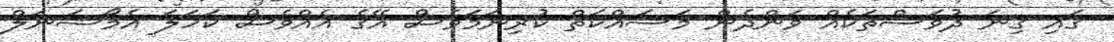
ގައި ގިނަ ދުވަސްތަކެއް ވަންދެން މަސައްކަތް ކުރިނަމަވެސް އޭގެ އެއްވެސް ކަހަލަ އެމޯޝަނަލް